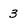
Character: 3